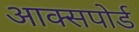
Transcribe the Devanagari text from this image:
आक्सपोर्ड